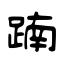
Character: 𨂾